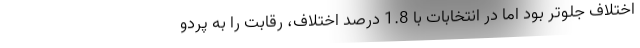
اختلاف جلوتر بود اما در انتخابات با 1.8 درصد اختلاف، رقابت را به پردو